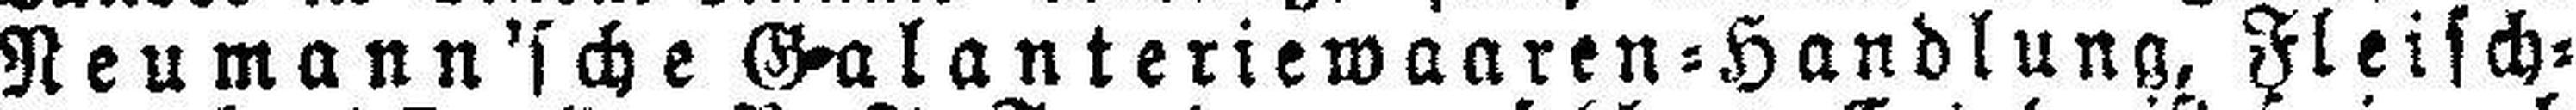
Neumann'sche Galanteriewaaren=Handlung, Fleisch¬